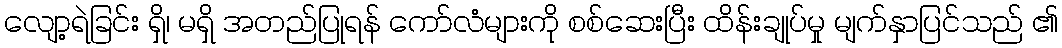
လျော့ရဲခြင်း ရှိ၊ မရှိ အတည်ပြုရန် ကော်လံများကို စစ်ဆေးပြီး ထိန်းချုပ်မှု မျက်နှာပြင်သည် ၏